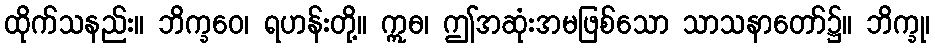
ထိုက်သနည်း။ ဘိက္ခဝေ၊ ရဟန်းတို့။ ဣဓ၊ ဤအဆုံးအမဖြစ်သော သာသနာတော်၌။ ဘိက္ခု၊